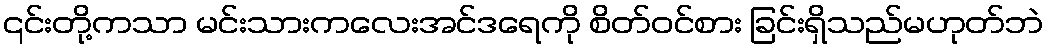
၎င်းတို့ကသာ မင်းသားကလေးအင်ဒရေကို စိတ်ဝင်စား ခြင်းရှိသည်မဟုတ်ဘဲ